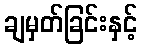
ချမှတ်ခြင်းနှင့်